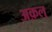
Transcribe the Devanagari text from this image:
अक़ल्‌